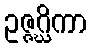
ဥဇ္ဇဂ္ဃိကာ